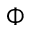
\Phi